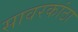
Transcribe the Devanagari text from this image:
सावरकांठा